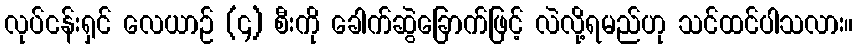
လုပ်ငန်းရှင် လေယာဉ် (၄) စီးကို ခေါက်ဆွဲခြောက်ဖြင့် လဲလို့ရမည်ဟု သင်ထင်ပါသလား။